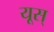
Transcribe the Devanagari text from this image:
यूस्